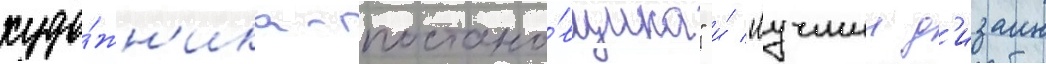
худо́жн'ика-постано́вщика" и́ "лучшии д'изаин